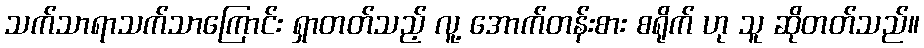
သက်သာရာသက်သာကြောင်း ရှာတတ်သည့် လူ့ အောက်တန်းစား စရိုက် ဟု သူ ဆိုတတ်သည်။